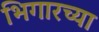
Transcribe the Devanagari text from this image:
भिगारच्या